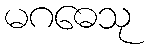
မဂဓေသု